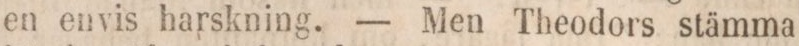
en envis harskning. — Men Theodors stämma